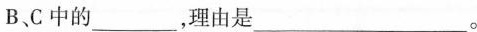
B、C中的___，理由是___。